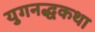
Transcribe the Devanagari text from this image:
युगनद्धकथा